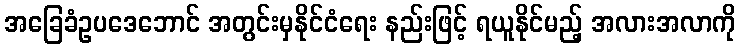
အခြေခံဥပဒေဘောင် အတွင်းမှနိုင်ငံရေး နည်းဖြင့် ရယူနိုင်မည့် အလားအလာကို